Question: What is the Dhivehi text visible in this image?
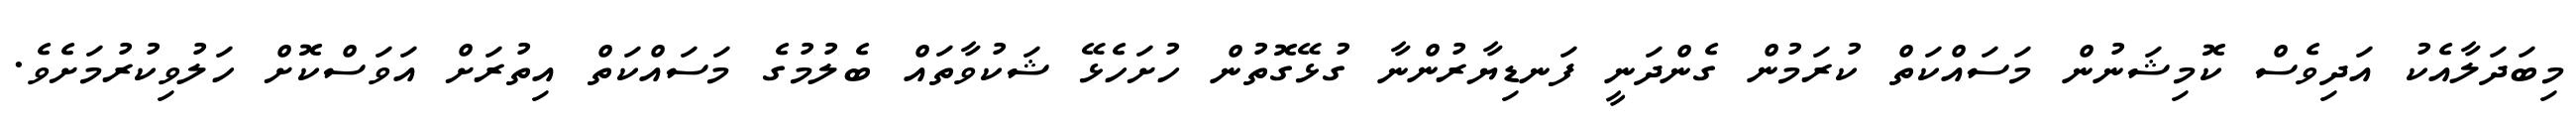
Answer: މިބަދަލާއެކު އަދިވެސް ކޮމިޝަނުން މަސައްކަތް ކުރަމުން ގެންދަނީ ފަނޑިޔާރުންނާ ގުޅޭގޮތުން ހުށަހެޅޭ ޝަކުވާތައް ބެލުމުގެ މަސައްކަތް އިތުރަށް އަވަސްކޮށް ހަލުވިކުރުމަށެވެ.